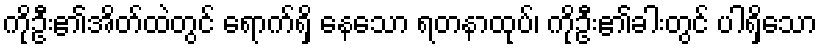
ကိုဦး၏အိတ်ထဲတွင် ရောက်ရှိ နေသော ရတနာထုပ်၊ ကိုဦး၏ခါးတွင် ပါရှိသော